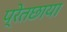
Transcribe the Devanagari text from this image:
प्रेतछाया